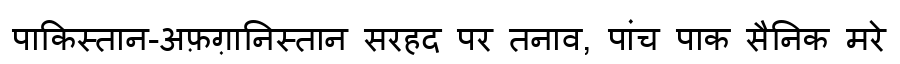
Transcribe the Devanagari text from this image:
पाकिस्तान-अफ़ग़ानिस्तान सरहद पर तनाव, पांच पाक सैनिक मरे